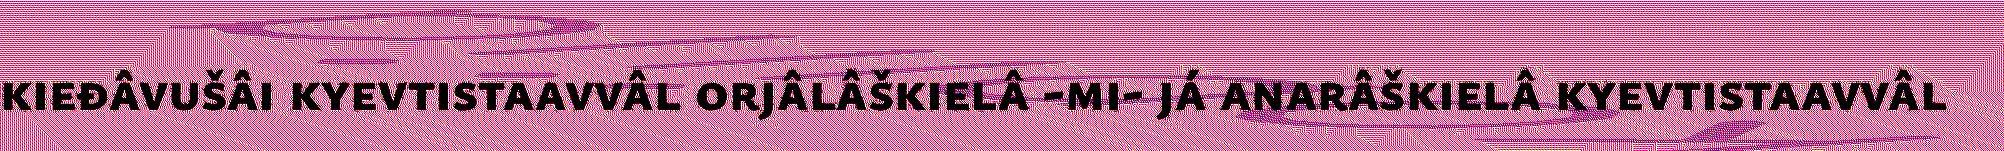
kieđâvušâi kyevtistaavvâl orjâlâškielâ -mi- já anarâškielâ kyevtistaavvâl